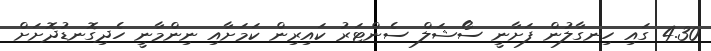
4.30 ގައި ހިނގާލުން ފަށާނީ ސޯޝަލް ސެންޓަރު ކައިރިން ކަމަށާއި ނިންމާނީ ހެދިގޮނޑުދޮށަށް